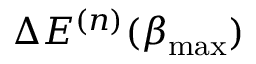
\Delta E ^ { ( n ) } ( \beta _ { \mathrm { m a x } } )